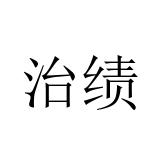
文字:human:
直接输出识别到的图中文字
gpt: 治绩